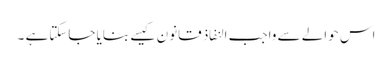
اس حوالے سے واجب النفاذ قانون کیسے بنایا جاسکتاہے ۔